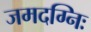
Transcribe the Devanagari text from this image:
जमदग्निः